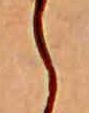
ら